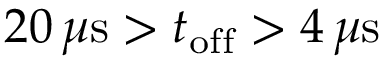
2 0 \, \mu \mathrm { s } > t _ { \mathrm { o f f } } > 4 \, \mu \mathrm { s }